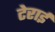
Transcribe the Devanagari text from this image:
टेराई